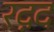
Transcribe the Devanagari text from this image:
रद़द